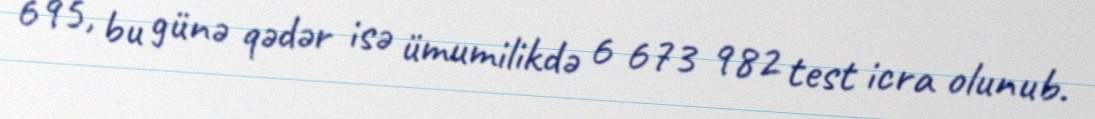
695, bu günə qədər isə ümumilikdə 6 673 982 test icra olunub.